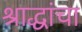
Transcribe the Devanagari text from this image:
श्राद्धांचा